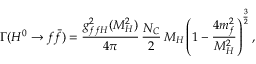
\Gamma ( H ^ { 0 } \to f \bar { f } ) = \frac { g _ { f f H } ^ { 2 } ( M _ { H } ^ { 2 } ) } { 4 \pi } \, \frac { N _ { C } } { 2 } \, M _ { H } \left( 1 - \frac { 4 m _ { f } ^ { 2 } } { M _ { H } ^ { 2 } } \right) ^ { \frac { 3 } { 2 } } ,